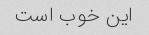
این خوب است